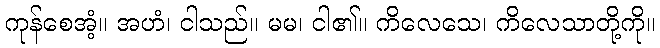
ကုန်စေအံ့။ အဟံ၊ ငါသည်။ မမ၊ ငါ၏။ ကိလေသေ၊ ကိလေသာတို့ကို။